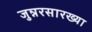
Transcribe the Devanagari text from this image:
जुन्नरसारख्या